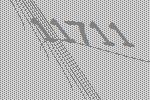
11711